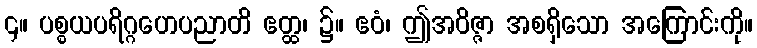
၄။ ပစ္စယပရိဂ္ဂဟေပညာတိ ဧတ္ထ၊ ၌။ ဧဝံ၊ ဤအဝိဇ္ဇာ အစရှိသော အကြောင်းကို။